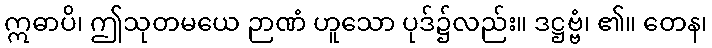
ဣဓာပိ၊ ဤသုတမယေ ဉာဏံ ဟူသော ပုဒ်၌လည်း။ ဒဋ္ဌဗ္ဗံ၊ ၏။ တေန၊